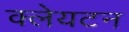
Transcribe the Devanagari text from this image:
क्लेयटन